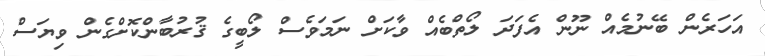
އަހަރެން ބޭނުމެއް ނޫން އެފަދަ ލޯތްބެއް ވާކަށް ނަމަވެސް ލޯބީގެ ޤުރުބާންކޮށްގެން ވިޔަސް